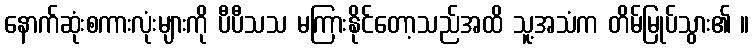
နောက်ဆုံးစကားလုံးများကို ပီပီသသ မကြားနိုင်တော့သည်အထိ သူ့အသံက တိမ်မြုပ်သွား၏ ။